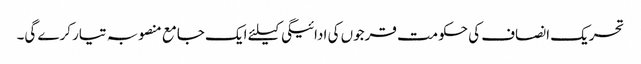
تحریک انصاف کی حکومت قرجوں کی ادائیگی کیلئے ایک جامع منصوبہ تیار کرے گی۔